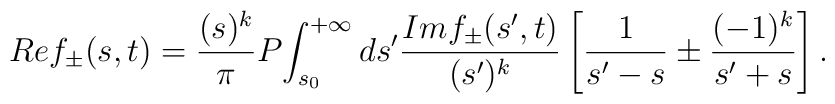
Re f_{\pm}(s,t)=\frac{(s)^{k}}{\pi}P\!\int_{s_{0}}^{+\infty} ds' \frac{Imf_{\pm}(s',t)}{(s')^{k}}\left[\frac{1}{s'-s} \pm \frac{(-1)^{k}}{s'+s}\right].